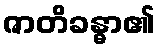
ဇာတိခန္ဓာ၏